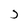
Character: 3